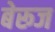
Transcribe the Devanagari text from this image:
बेरूज